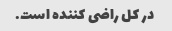
در کل راضی کننده است.